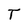
Character: T